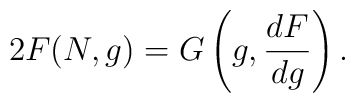
2 F(N,g) = G\left(g, \frac{dF}{dg} \right).